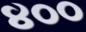
૪૦૦